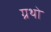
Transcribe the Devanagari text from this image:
ग्रथो